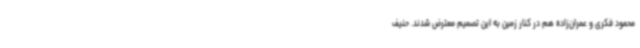
محمود فکری و عمران‌زاده هم در کنار زمین به این تصمیم معترض شدند. حنیف